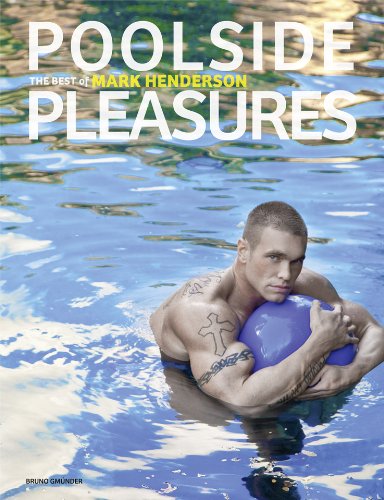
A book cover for Poolside Pleasures; Arts & Photography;